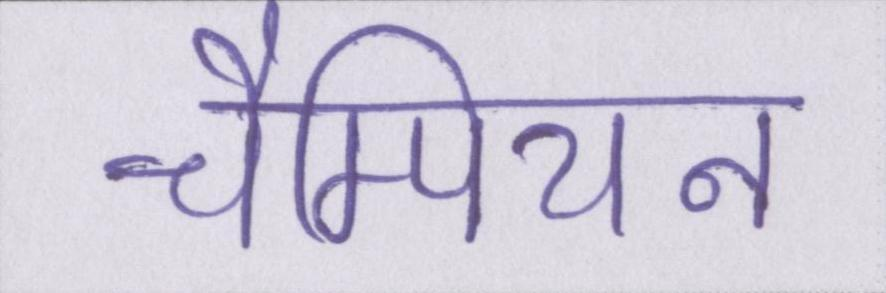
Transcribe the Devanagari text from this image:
चैम्पियन